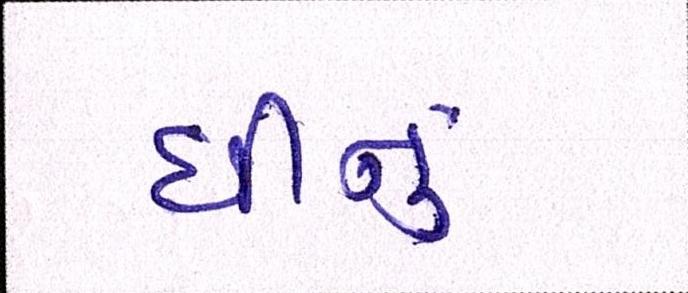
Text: ઘીનું